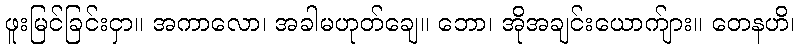
ဖူးမြင်ခြင်းငှာ။ အကာလော၊ အခါမဟုတ်ချေ။ ဘော၊ အိုအချင်းယောက်ျား။ တေနဟိ၊